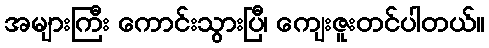
အများကြီး ကောင်းသွားပြီ၊ ကျေးဇူးတင်ပါတယ်။